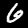
Digit: 6